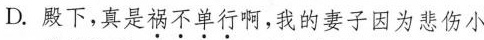
D.殿下，真是祸不单行啊，我的妻子因为悲伤小